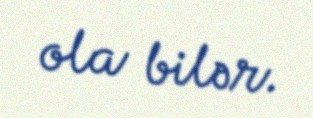
ola bilər.